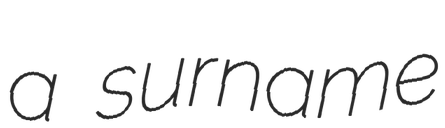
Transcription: a surname